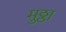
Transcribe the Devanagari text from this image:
मुठ्ठा